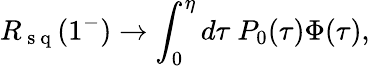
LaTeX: R_{\mathrm{~s~q~}}(1^{-})\rightarrow\int_{0}^{\eta}d\tau~P_{0}(\tau)\Phi(\tau),